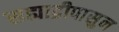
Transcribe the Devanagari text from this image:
सह्याद्रीपासुन